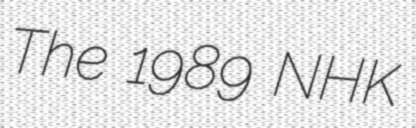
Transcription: The 1989 NHK